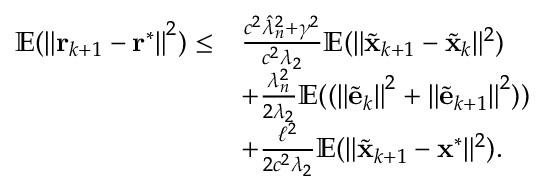
\begin{array} { r l } { \mathbb { E } ( \left\| \mathbf { r } _ { k + 1 } - \mathbf { r } ^ { * } \right\| ^ { 2 } ) \leq } & { \frac { c ^ { 2 } \hat { \lambda } _ { n } ^ { 2 } + \gamma ^ { 2 } } { c ^ { 2 } \lambda _ { 2 } } \mathbb { E } ( \| \tilde { \mathbf { x } } _ { k + 1 } - \tilde { \mathbf { x } } _ { k } \| ^ { 2 } ) } \\ { } & { + \frac { \lambda _ { n } ^ { 2 } } { 2 \lambda _ { 2 } } \mathbb { E } ( ( \left\| \tilde { \mathbf { e } } _ { k } \right\| ^ { 2 } + \left\| \tilde { \mathbf { e } } _ { k + 1 } \right\| ^ { 2 } ) ) } \\ { } & { + \frac { \ell ^ { 2 } } { 2 c ^ { 2 } \lambda _ { 2 } } \mathbb { E } ( \| \tilde { \mathbf { x } } _ { k + 1 } - \mathbf { x } ^ { \ast } \| ^ { 2 } ) . } \end{array}